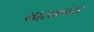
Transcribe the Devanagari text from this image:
भारतानंतर